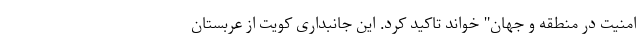
امنیت در منطقه و جهان" خواند تاکید کرد. این جانبداری کویت از عربستان